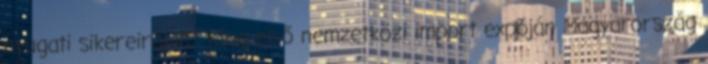
nyugati sikereiről is": Kína első nemzetközi import expóján Magyarország